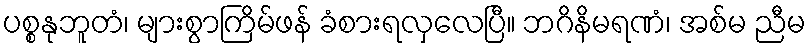
ပစ္စနုဘူတံ၊ များစွာကြိမ်ဖန် ခံစားရလှလေပြီ။ ဘဂိနိမရဏံ၊ အစ်မ ညီမ